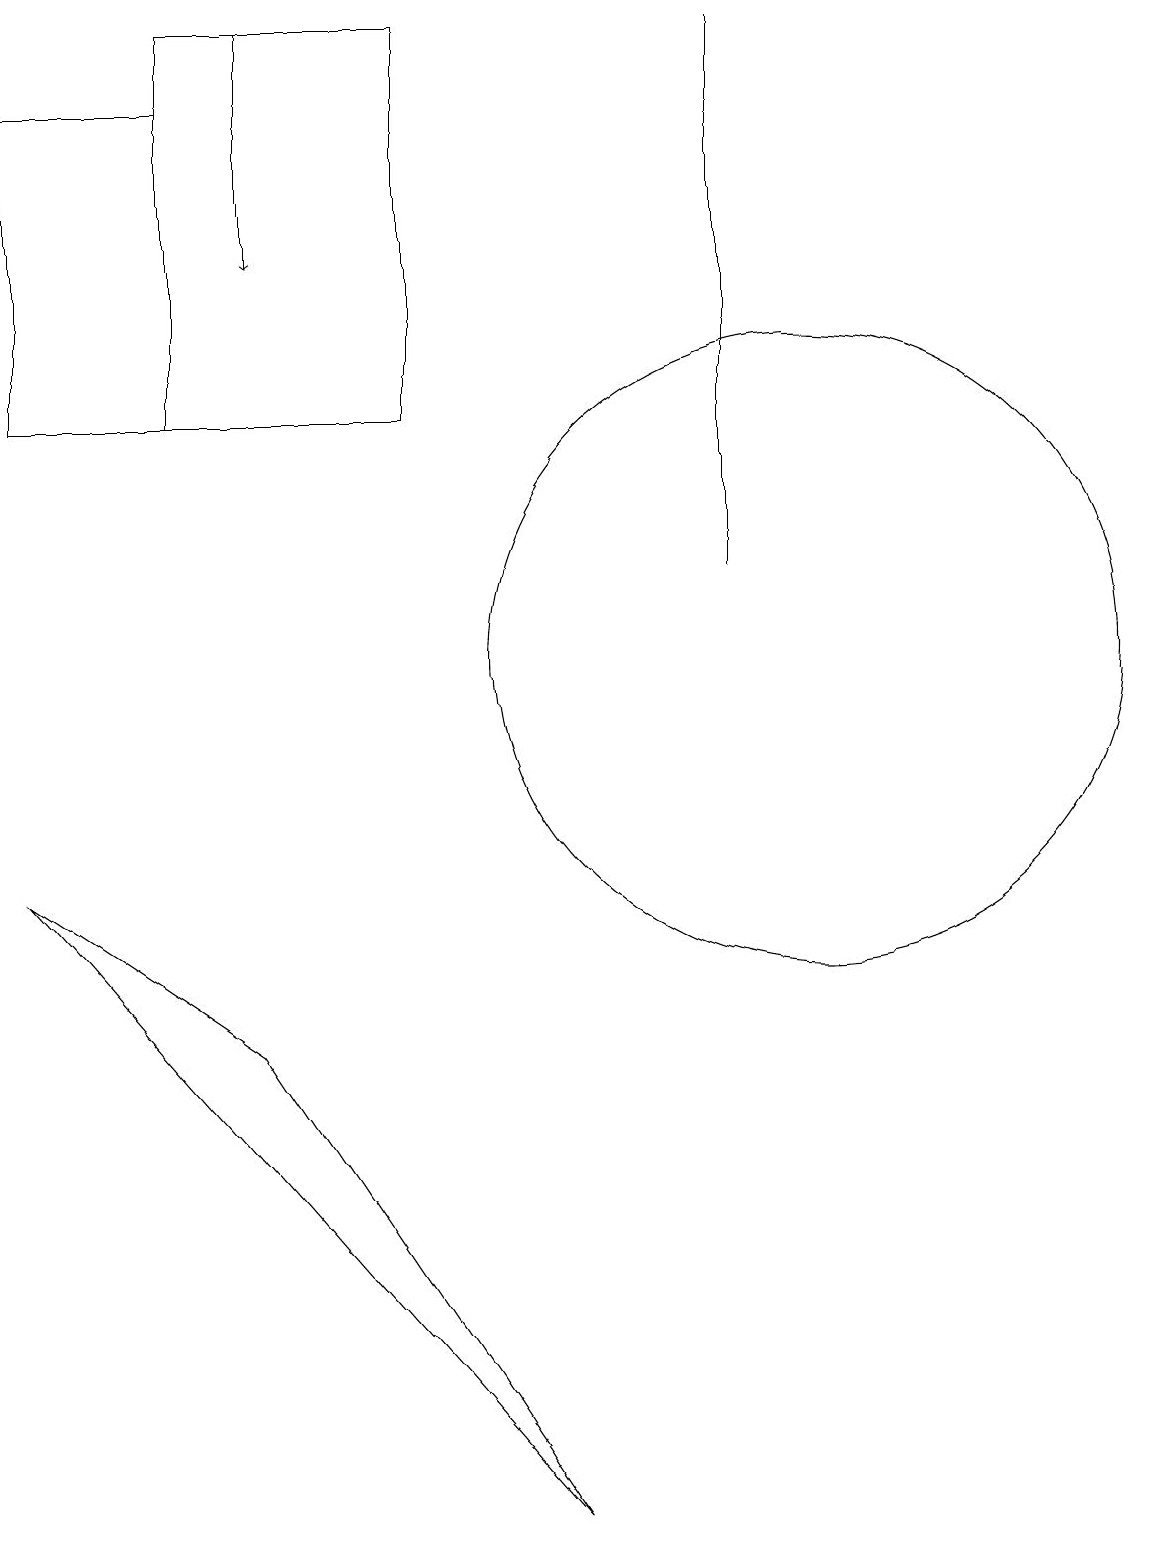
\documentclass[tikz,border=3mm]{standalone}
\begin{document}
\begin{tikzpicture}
\draw (2,14) rectangle (0,18);
\draw (9,19) rectangle (9,12);
\draw[->] (3,19) -- (3,16);
\draw (2,19) rectangle (5,14);
\draw (10,11) circle (4);
\draw (3,6) -- (0,8) -- (7,0) -- cycle;
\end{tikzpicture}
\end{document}